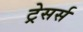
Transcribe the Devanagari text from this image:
ट्रेसर्स